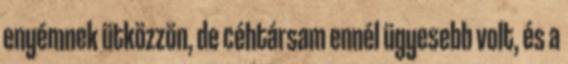
enyémnek ütközzön, de céhtársam ennél ügyesebb volt, és a